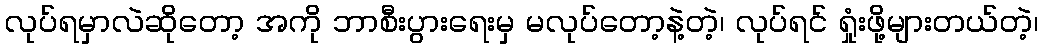
လုပ်ရမှာလဲဆိုတော့ အကို ဘာစီးပွားရေးမှ မလုပ်တော့နဲ့တဲ့၊ လုပ်ရင် ရှုံးဖို့များတယ်တဲ့၊